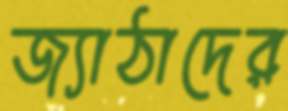
জ্যাঠাদের